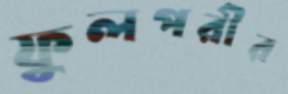
ফুলপরীর